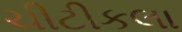
ચીટીકલા